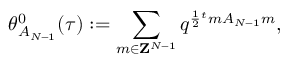
\theta _ { A _ { N - 1 } } ^ { 0 } ( \tau ) : = \sum _ { m \in { \bf Z } ^ { N - 1 } } q ^ { \frac { 1 } { 2 } { } ^ { t } m A _ { N - 1 } m } ,